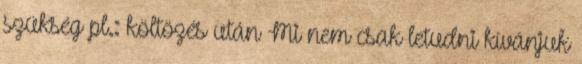
szükség pl.: költözés után Mi nem csak letudni kívánjuk